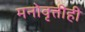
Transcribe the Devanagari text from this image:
मनोवृत्तीही